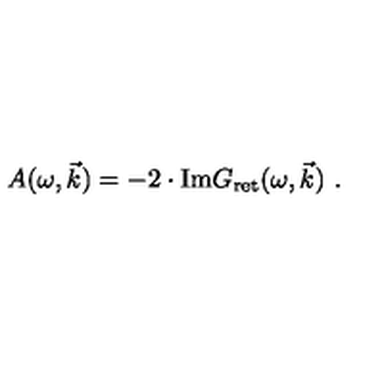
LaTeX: A ( \omega , \vec { k } ) = - 2 \cdot \mathrm { I m } G _ { \mathrm { r e t } } ( \omega , \vec { k } ) \ .